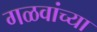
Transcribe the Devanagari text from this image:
गळवांच्या